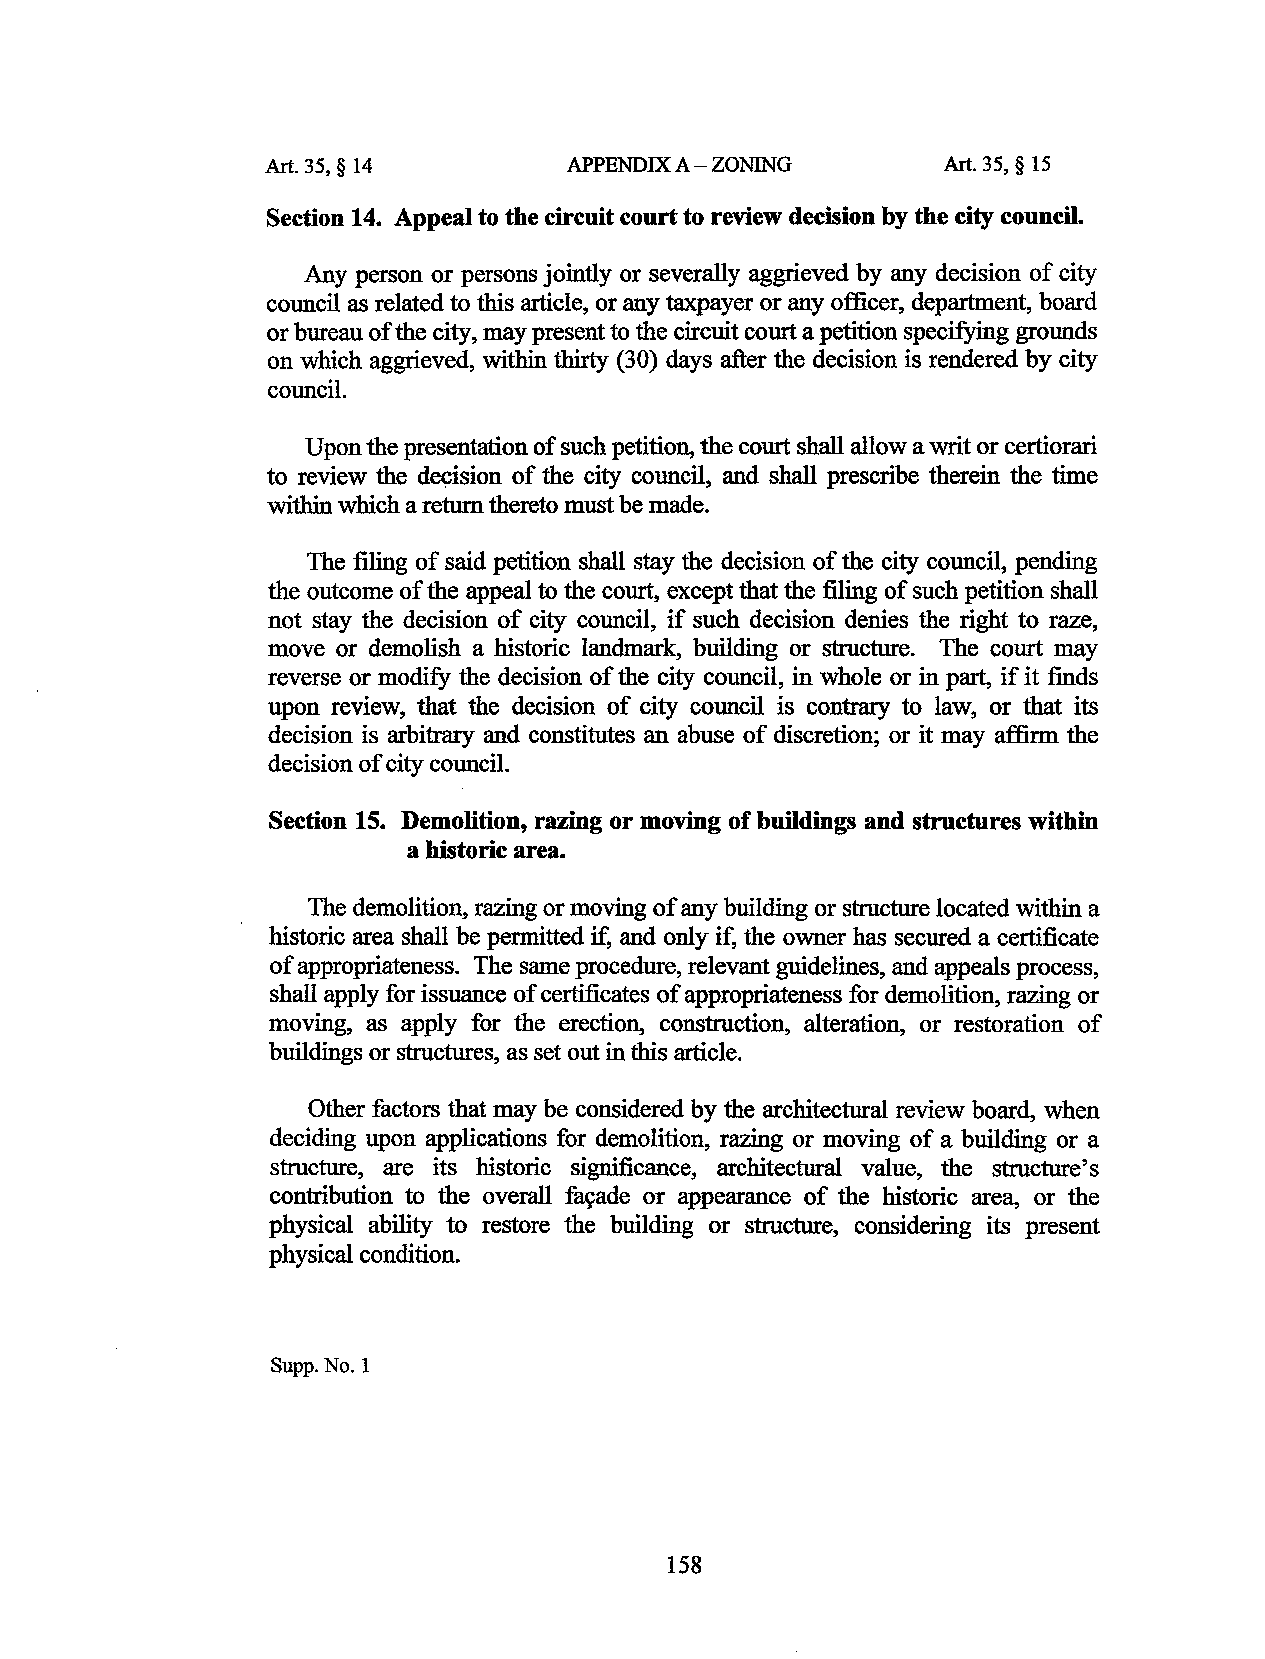
Art. 35, § 14       APPENDIX A-ZONING        Art. 35, § 15
 Section 14. Appeal to the circuit court to review decision by the city council.
 Any person or persons jointly or severally aggrieved by any decision of city
 council as related to this article, or any taxpayer or any officer, department, board
 or bureau of the city, may present to the circuit court a petition specifying grounds
 on which aggrieved, within thirty (30) days after the decision is rendered by city
 council.
 Upon the presentation of such petition, the court shall allow a writ or certiorari
 to review the decision of the city council, and shall prescribe therein the time
 within which a return thereto must be made.
 The filing of said petition shall stay the decision of the city council, pending
 the outcome of the appeal to the court, except that the filing of such petition shall
 not stay the decision of city council, if such decision denies the right to raze,
 move or demolish a historic landmark, building or structure. The court may
 reverse or modify the decision of the city council, in whole or in part, if it finds
 upon review, that the decision of city council is contrary to law, or that its
 decision is arbitrary and constitutes an abuse of discretion; or it may affirm the
 decision of city council.
 Section 15. Demolition, razing or moving of buildings and structures within
 a historic area.
 The demolition, razing or moving of any building or structure located within a
 historic area shall be permitted if, and only if, the owner has secured a certificate
 of appropriateness. The same procedure, relevant guidelines, and appeals process,
 shall apply for issuance of certificates of appropriateness for demolition, razing or
 moving, as apply for the erection, construction, alteration, or restoration of
 buildings or structures, as set out in this article.
 Other factors that may be considered by the architectural review board, when
 deciding upon applications for demolition, razing or moving of a building or a
 structure, are its historic significance, architectural value, the structure's
 contribution to the overall fac;ade or appearance of the historic area, or the
 physical ability to restore the building or structure, considering its present
 physical condition.
 Supp. No. I
 158